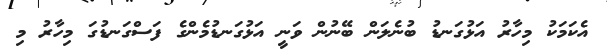
އެކަމަކު މިހާރު އަޅުގަނޑު ބުނެލަން ބޭނުން ވަނީ އަޅުގަނޑުމެންގެ ފަސްގަނޑުގަ މިހާރު މި